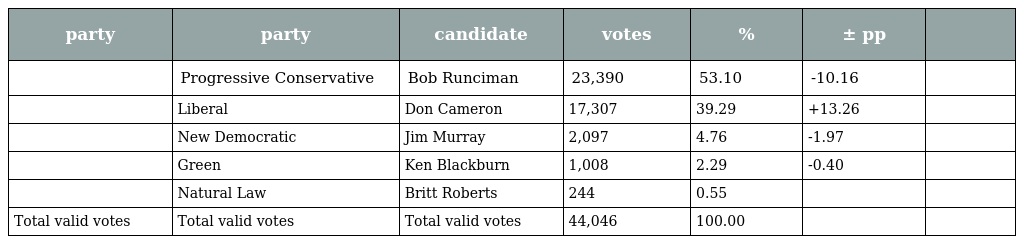
| party | party | candidate | votes | % | ± pp |  |
 | --- | --- | --- | --- | --- | --- | --- |
 |  | Progressive Conservative | Bob Runciman | 23,390 | 53.10 | -10.16 |  |
 |  | Liberal | Don Cameron | 17,307 | 39.29 | +13.26 |  |
 |  | New Democratic | Jim Murray | 2,097 | 4.76 | -1.97 |  |
 |  | Green | Ken Blackburn | 1,008 | 2.29 | -0.40 |  |
 |  | Natural Law | Britt Roberts | 244 | 0.55 |  |  |
 | Total valid votes | Total valid votes | Total valid votes | 44,046 | 100.00 |  |  |